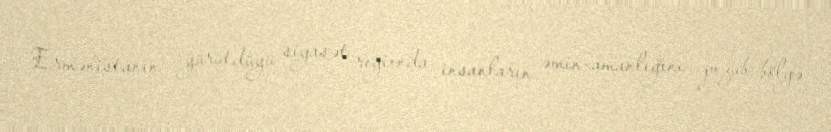
Ermənistanın yürütdüyü siyasət regionda insanların əmin-amanlığını pozub, bölgə